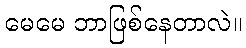
မေမေ ဘာဖြစ်နေတာလဲ။